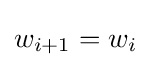
w_{i+1}=w_{i}